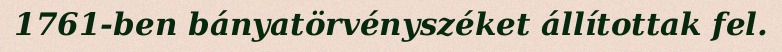
1761-ben bányatörvényszéket állítottak fel.